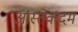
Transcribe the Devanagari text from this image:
आस्तेकदम